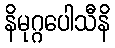
နိမုဂ္ဂပေါသီနိ